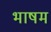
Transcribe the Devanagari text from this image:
भाषम